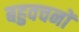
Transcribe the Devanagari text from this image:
बहुवचनों